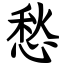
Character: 愁